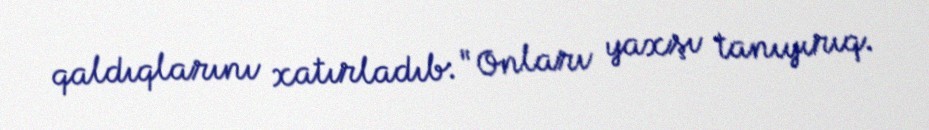
qaldıqlarını xatırladıb: "Onları yaxşı tanıyırıq.